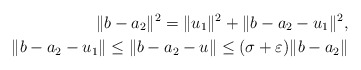
\begin{align*}\|b-a_2\|^2=\|u_1\|^2+\|b-a_2-u_1\|^2,\\\|b-a_2-u_1\|\le\|b-a_2-u\|\le(\sigma+\varepsilon)\|b-a_2\|\end{align*}